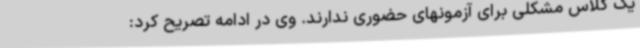
یک کلاس مشکلی برای آزمونهای حضوری ندارند. وی در ادامه تصریح کرد: